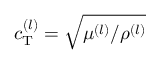
c _ { \mathrm { T } } ^ { ( l ) } = \sqrt { \mu ^ { ( l ) } / \rho ^ { ( l ) } }